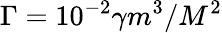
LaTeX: \Gamma=10^{-2}\gamma m^{3}/M^{2}